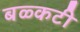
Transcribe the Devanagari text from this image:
बळ्कटी